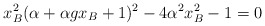
\begin{align*}x_B^2 (\alpha +\alpha gx_B +1)^2 -4\alpha^{2} x_B^2 -1 =0\end{align*}